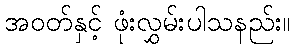
အဝတ်နှင့် ဖုံးလွှမ်းပါသနည်း။